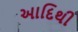
આદિથી